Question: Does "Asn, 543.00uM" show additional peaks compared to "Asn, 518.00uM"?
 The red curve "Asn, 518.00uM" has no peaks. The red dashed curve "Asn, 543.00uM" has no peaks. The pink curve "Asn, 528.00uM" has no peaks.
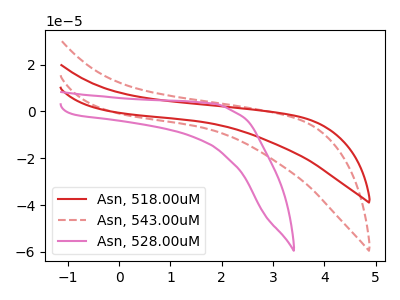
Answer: <think>Neither "Asn, 543.00uM" or "Asn, 518.00uM" have any peaks.
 </think>
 <answer>No, "Asn, 543.00uM" and "Asn, 518.00uM" don't appear to be significantly different in shape</answer>
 <eval>no_change</eval>